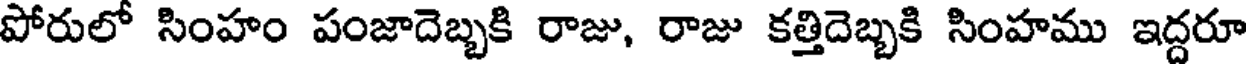
పోరులో సింహం పంజాదెబ్బకి రాజు, రాజు కత్తిదెబ్బకి సింహము ఇద్దరూ